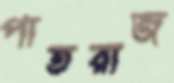
পাতরাজ